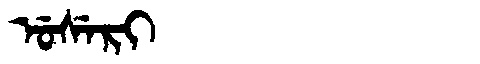
Manchu: ᡠᠰᡝᡵᡳ
Romanization: USERI